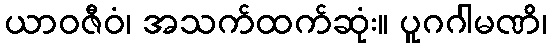
ယာဝဇီဝံ၊ အသက်ထက်ဆုံး။ ပူဂဂါမဏိ၊